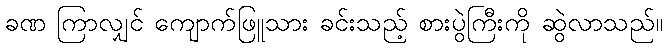
ခဏ ကြာလျှင် ကျောက်ဖြူသား ခင်းသည့် စားပွဲကြီးကို ဆွဲလာသည်။